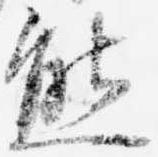
熊